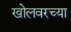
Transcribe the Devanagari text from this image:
खोलवरच्या